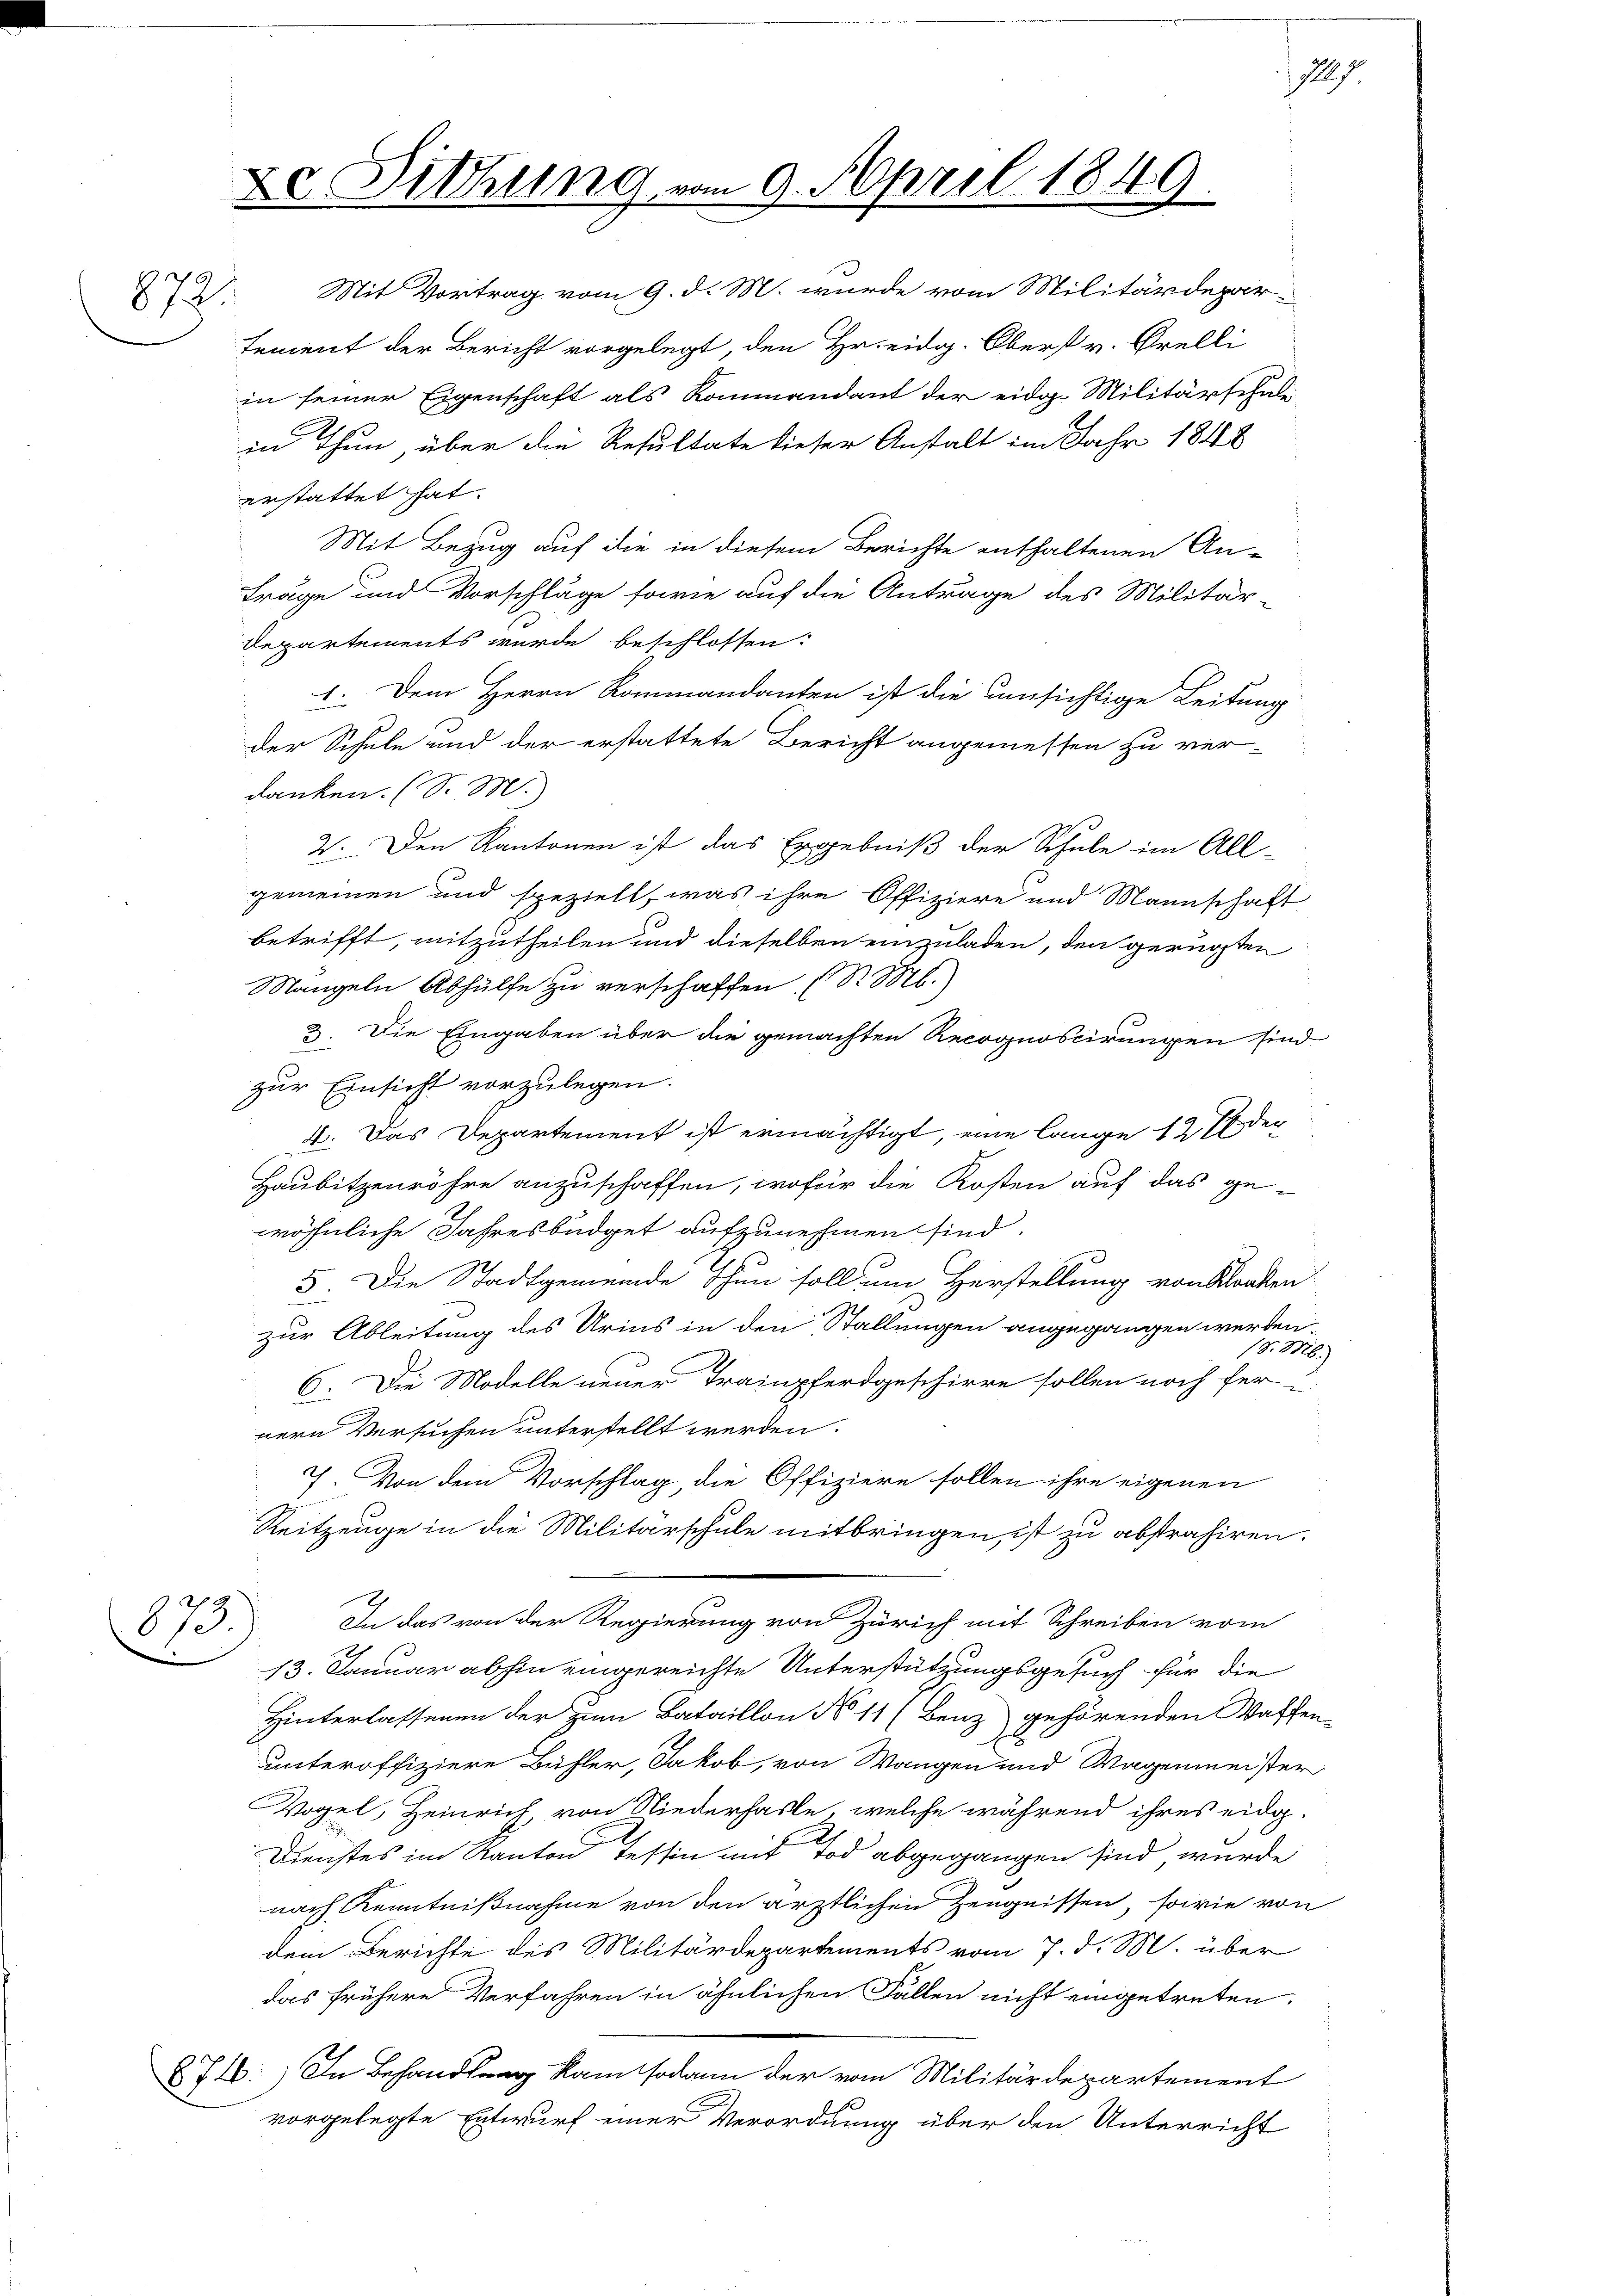
872.

De Sitzung vom 9. April 1849

in Thun, über die Resultate dieser Anstalt im Jahr 1848
erstattet hat.
Mit Bezug auf die in diesem Berichte enthaltenen An-
Fräge und Vorschläge sowie auf die Antrage des Militär-
Departements wurde beschlossen:
1. Dem Herrn Rommandanten ist die unsichtige Leitung
der Schule und der erstattete Bericht angemessen zu ver-
danken. (S. M.
2. Den Kantonen ist das Ergebniß der Schule im All-
gemeinen und speziell, was ihre Offiziere und Mannschaft
betrifft, mitzutheilen und dieselben einzuladen, den gerügten
Mangeln Abhülfe zu verschaffen. (Nr. 1826.
3. Die Eingaben über die gemachten Recognoscirungen sind
zur Einsicht vorzulegen.
4. Das Departement ist ermächtigt, eine lange 12 fl der
Haubitzenröhre anzuschaffen, wofür die Kosten auf das ge-
wöhnliche Jahresbüdget aufzunehmen sind.
5. Die Stadtgemeinde thun soll um Herstellung von Kloaken
zur Ableitung des Urius in den Stallungen angegangen werden,
(S. 846.
6. Die Modelle neuer Trainpferdgeschirre sollen noch fer-
nern Versuchen unterstellt werden.
7. Von dem Vorschlag, die Offiziere sollen ihre eigenen
Reitzeuge in die Militärschule mitbringen, ist zu abstrahiren.
In das von der Regierung von Zürich mit Schreiben vom
875
13. Januar abhin eingereichte Unterstützungsgesuch für die
Hinterlassenen der zum Bataillon No 11 (Benz gehörenden Waffen
unteroffiziere Bühler, Jakob, von Wangen und Wagenmeister
Vogel, Heinrich, von Niederhasle, welche während ihres eidg.
d
Dienstes im Kanton Tessin mit Tod abgegangen sind wurde
nach Kenntnißnahme von den ärztlichen Zeugnissen, sowie von
dem Berichte des Militärdepartements vom 7. d. M. über
das frühere Verfahren in ähnlichen Fällen nicht eingetreten.
871:) In Behandlung kam sodann der vom Militärdepartement
vorgelegte Entwurf einer Verordnung über den Unterricht

Mit Vortrag vom 9. d. M. wurde vom Militärdepartement der Bericht vorgelegt, den Hr. eidg. Oberst v. Orelli
in seiner Eigenschaft als Kommandant der eidg. Militärschule

1167